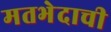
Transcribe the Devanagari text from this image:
मतभेदाची